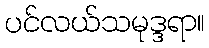
ပင်လယ်သမုဒ္ဒရာ။